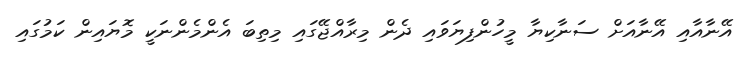
އޭނާއާއި އޭނާއަށް ސަނާކިޔާ މީހުންފިޔަވައި ދެން މިރާއްޖޭގައި މިތިބަ އެންމެންނަކީ މޮޔައިން ކަމުގައި